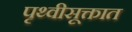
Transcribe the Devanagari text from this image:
पृथ्वीसूक्तात